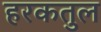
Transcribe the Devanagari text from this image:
हरकतुल